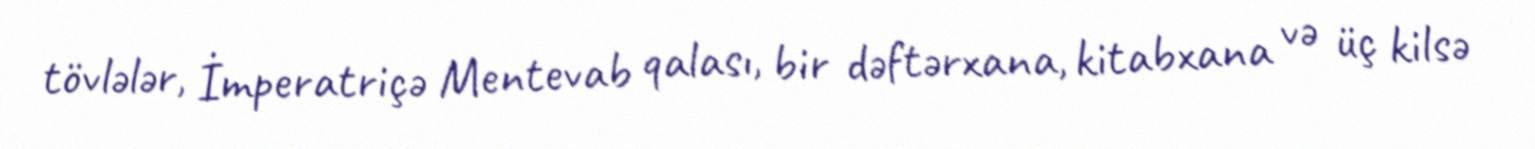
tövlələr, İmperatriçə Mentevab qalası, bir dəftərxana, kitabxana və üç kilsə